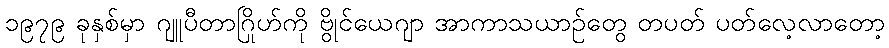
၁၉၇၉ ခုနှစ်မှာ ဂျူပီတာဂြိုဟ်ကို ဗွိုင်ယေဂျာ အာကာသယာဉ်တွေ တပတ် ပတ်လေ့လာတော့